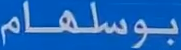
بوسلهام